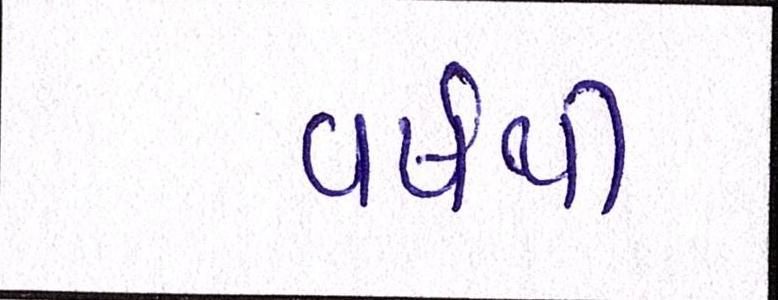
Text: વર્ષથી